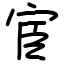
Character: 宦